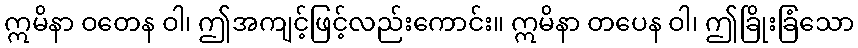
ဣမိနာ ဝတေန ဝါ၊ ဤအကျင့်ဖြင့်လည်းကောင်း။ ဣမိနာ တပေန ဝါ၊ ဤခြိုးခြံသော